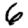
Digit: 6